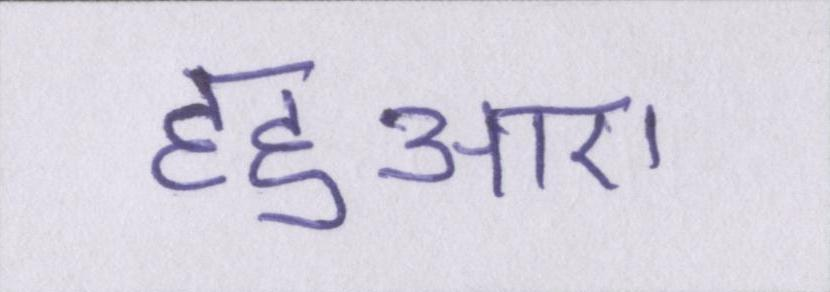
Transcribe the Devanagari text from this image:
हहुआए